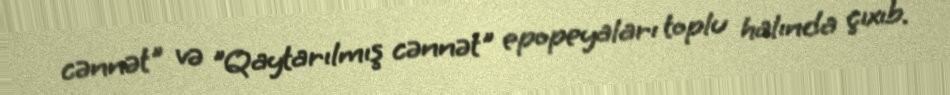
cənnət" və "Qaytarılmış cənnət" epopeyaları toplu halında çıxıb.